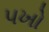
પખો